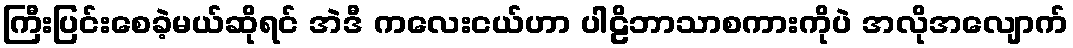
ကြီးပြင်းစေခဲ့မယ်ဆိုရင် အဲဒီ ကလေးငယ်ဟာ ပါဠိဘာသာစကားကိုပဲ အလိုအလျောက်